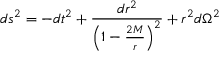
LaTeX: d s ^ { 2 } = - d t ^ { 2 } + \frac { d r ^ { 2 } } { \left( 1 - \frac { 2 M } { r } \right) ^ { 2 } } + r ^ { 2 } d \Omega ^ { 2 }